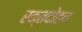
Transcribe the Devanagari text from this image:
रक्तदोहन